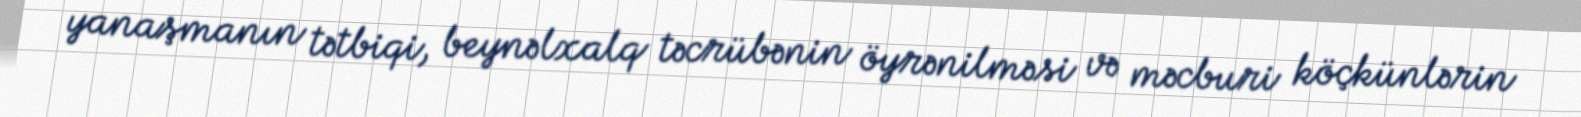
yanaşmanın tətbiqi, beynəlxalq təcrübənin öyrənilməsi və məcburi köçkünlərin